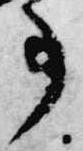
事